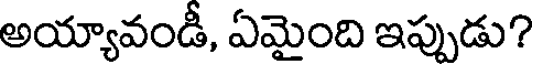
అయ్యావండీ, ఏమైంది ఇప్పుడు?